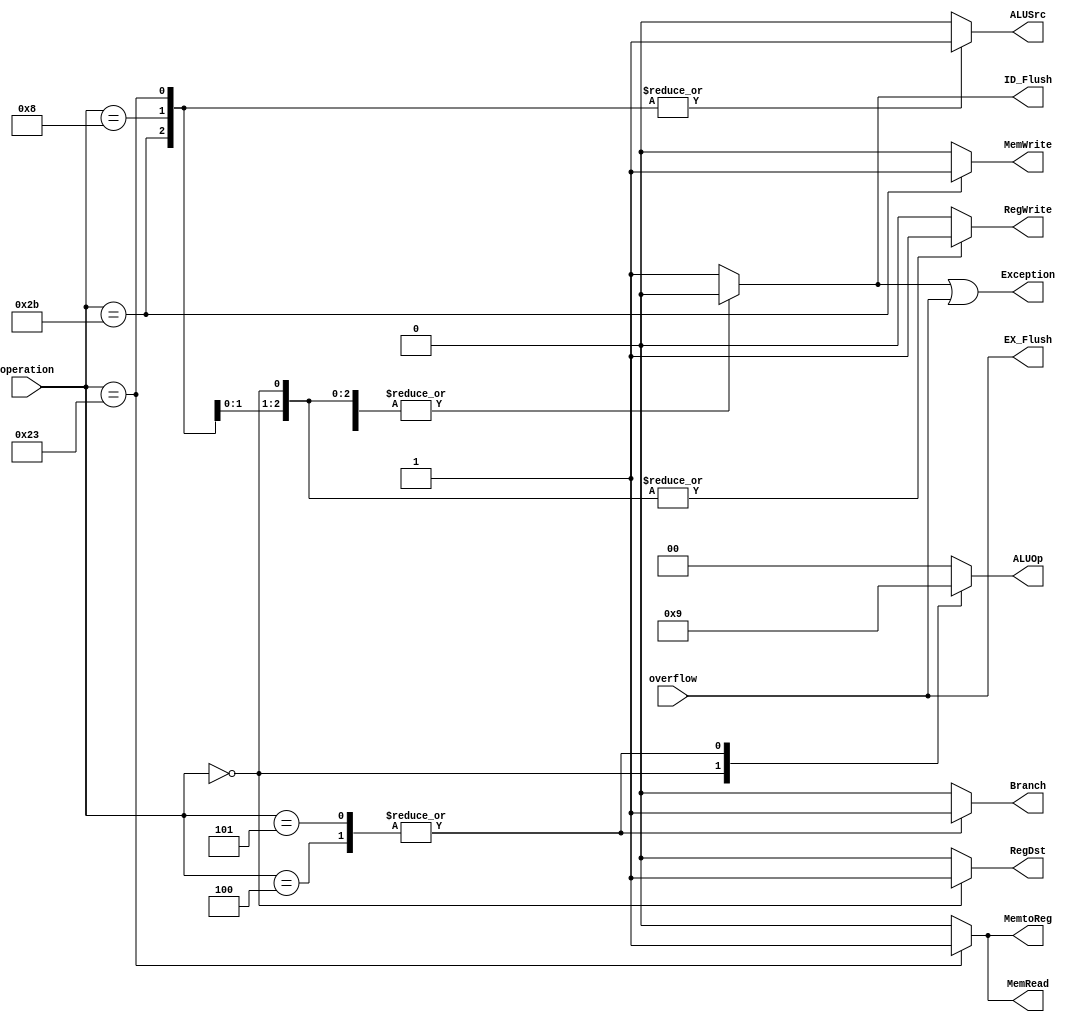
module ControlUnit(
    input [5:0] operation,
    input overflow,

    output reg RegDst, Branch, MemRead, MemtoReg, MemWrite, ALUSrc, RegWrite,
    output reg [1:0] ALUOp,
    output EX_Flush, ID_Flush, Exception
);
    reg Invalid;
    always @(*) begin
        case (operation)
            0: begin // R-format
                RegDst   <= 1'b1;
                ALUOp    <= 2'b10;
                ALUSrc   <= 1'b0;
                Branch   <= 1'b0;
                MemRead  <= 1'b0;
                MemWrite <= 1'b0;
                RegWrite <= 1'b1;
                MemtoReg <= 1'b0;
                Invalid <= 1'b0;
            end
            4: begin // I-format beq
                RegDst   <= 1'b0;
                ALUOp    <= 2'b01;
                ALUSrc   <= 1'b0;
                Branch   <= 1'b1;
                MemRead  <= 1'b0;
                MemWrite <= 1'b0;
                RegWrite <= 1'b0;
                MemtoReg <= 1'b0;
                Invalid <= 1'b0;
            end
            5: begin // I-format bnq
                RegDst   <= 1'b0;
                ALUOp    <= 2'b01;
                ALUSrc   <= 1'b0;
                Branch   <= 1'b1;
                MemRead  <= 1'b0;
                MemWrite <= 1'b0;
                RegWrite <= 1'b0;
                MemtoReg <= 1'b0;
                Invalid <= 1'b0;
            end
            35: begin // I-format lw
                RegDst   <= 1'b0;
                ALUOp    <= 2'b00;
                ALUSrc   <= 1'b1;
                Branch   <= 1'b0;
                MemRead  <= 1'b1;
                MemWrite <= 1'b0;
                RegWrite <= 1'b1;
                MemtoReg <= 1'b1;
                Invalid <= 1'b0;
            end
            43: begin // I-format sw
                RegDst   <= 1'b0;
                ALUOp    <= 2'b00;
                ALUSrc   <= 1'b1;
                Branch   <= 1'b0;
                MemRead  <= 1'b0;
                MemWrite <= 1'b1;
                RegWrite <= 1'b0;
                MemtoReg <= 1'b0;
                Invalid <= 1'b0;
            end
            8: begin // I-format addi
                RegDst   <= 1'b0;
                ALUOp    <= 2'b00;
                ALUSrc   <= 1'b1;
                Branch   <= 1'b0;
                MemRead  <= 1'b0;
                MemWrite <= 1'b0;
                RegWrite <= 1'b1;
                MemtoReg <= 1'b0;
                Invalid <= 1'b0;
            end
            default: begin
                RegDst   <= 1'b0;
                ALUOp    <= 2'b00;
                ALUSrc   <= 1'b0;
                Branch   <= 1'b0;
                MemRead  <= 1'b0;
                MemWrite <= 1'b0;
                RegWrite <= 1'b0;
                MemtoReg <= 1'b0;
                Invalid <= 1'b1;
            end
        endcase
    end
    assign EX_Flush = overflow;
    assign ID_Flush = Invalid;
    assign Exception = (Invalid | overflow);
endmodule